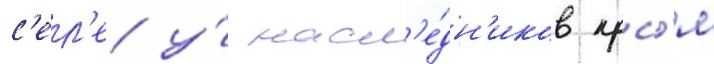
с'ел'е у́ насл'е́дн'иков кры́м